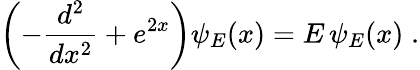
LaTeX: \left(-\frac{d^{2}}{dx^{2}}+e^{2x}\right)\psi_{E}(x)=E\, \psi_{E}(x)\; .